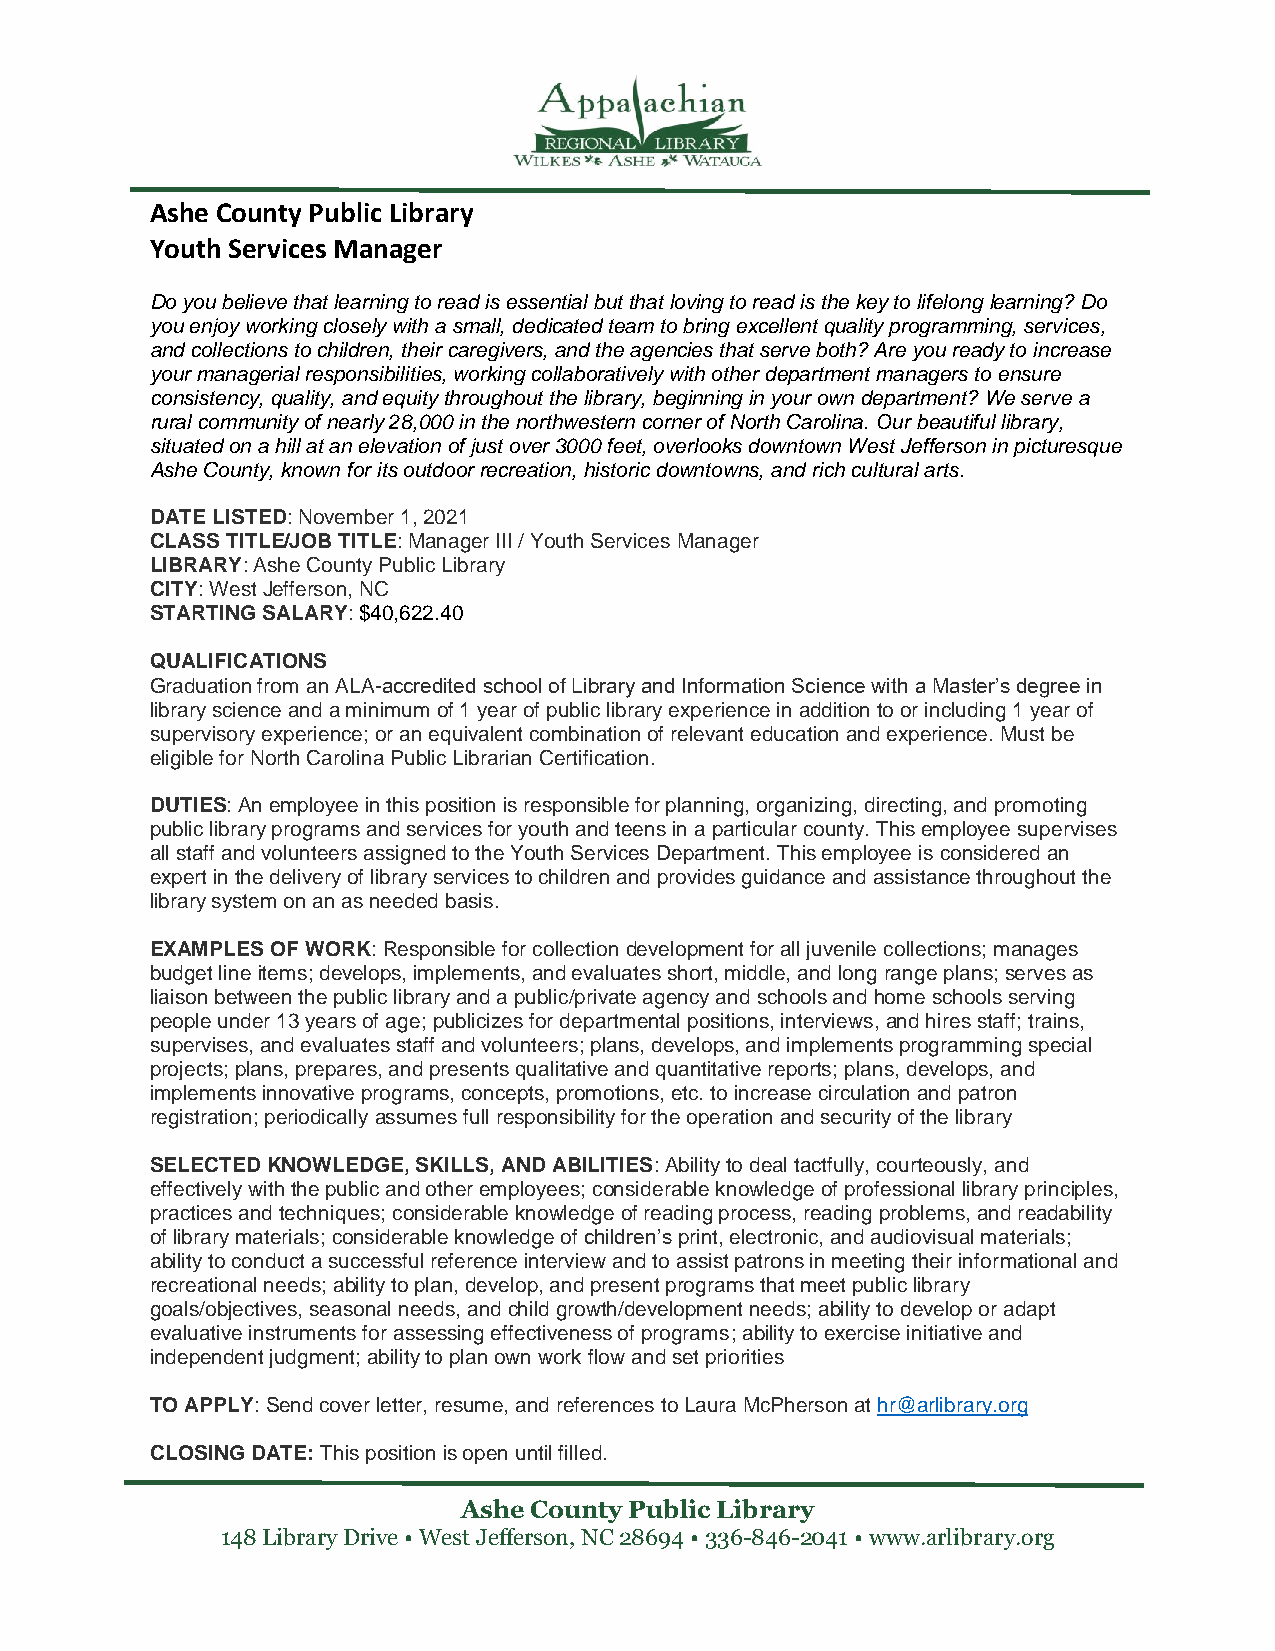
Ashe County Public Library
 Youth Services Manager
 Do you believe that learning to read is essential but that loving to read is the key to lifelong learning? Do
 you enjoy working closely with a small, dedicated team to bring excellent quality programming, services,
 and collections to children, their caregivers, and the agencies that serve both? Are you ready to increase
 your managerial responsibilities, working collaboratively with other department managers to ensure
 consistency, quality, and equity throughout the library, beginning in your own department? We serve a
 rural community of nearly 28,000 in the northwestern corner of North Carolina. Our beautiful library,
 situated on a hill at an elevation of just over 3000 feet, overlooks downtown West Jefferson in picturesque
 Ashe County, known for its outdoor recreation, historic downtowns, and rich cultural arts.
 DATE LISTED: November 1, 2021
 CLASS TITLE/JOB TITLE: Manager III / Youth Services Manager
 LIBRARY: Ashe County Public Library
 CITY: West Jefferson, NC
 STARTING SALARY: $40,622.40
 QUALIFICATIONS
 Graduation from an ALA-accredited school of Library and Information Science with a Master’s degree in
 library science and a minimum of 1 year of public library experience in addition to or including 1 year of
 supervisory experience; or an equivalent combination of relevant education and experience. Must be
 eligible for North Carolina Public Librarian Certification.
 DUTIES: An employee in this position is responsible for planning, organizing, directing, and promoting
 public library programs and services for youth and teens in a particular county. This employee supervises
 all staff and volunteers assigned to the Youth Services Department. This employee is considered an
 expert in the delivery of library services to children and provides guidance and assistance throughout the
 library system on an as needed basis.
 EXAMPLES OF WORK: Responsible for collection development for all juvenile collections; manages
 budget line items; develops, implements, and evaluates short, middle, and long range plans; serves as
 liaison between the public library and a public/private agency and schools and home schools serving
 people under 13 years of age; publicizes for departmental positions, interviews, and hires staff; trains,
 supervises, and evaluates staff and volunteers; plans, develops, and implements programming special
 projects; plans, prepares, and presents qualitative and quantitative reports; plans, develops, and
 implements innovative programs, concepts, promotions, etc. to increase circulation and patron
 registration; periodically assumes full responsibility for the operation and security of the library
 SELECTED KNOWLEDGE, SKILLS, AND ABILITIES: Ability to deal tactfully, courteously, and
 effectively with the public and other employees; considerable knowledge of professional library principles,
 practices and techniques; considerable knowledge of reading process, reading problems, and readability
 of library materials; considerable knowledge of children’s print, electronic, and audiovisual materials;
 ability to conduct a successful reference interview and to assist patrons in meeting their informational and
 recreational needs; ability to plan, develop, and present programs that meet public library
 goals/objectives, seasonal needs, and child growth/development needs; ability to develop or adapt
 evaluative instruments for assessing effectiveness of programs; ability to exercise initiative and
 independent judgment; ability to plan own work flow and set priorities
 TO APPLY: Send cover letter, resume, and references to Laura McPherson at hr@arlibrary.org
 CLOSING DATE: This position is open until filled.
 Ashe County Public Library
 148 Library Drive • West Jefferson, NC 28694 • 336-846-2041 • www.arlibrary.org